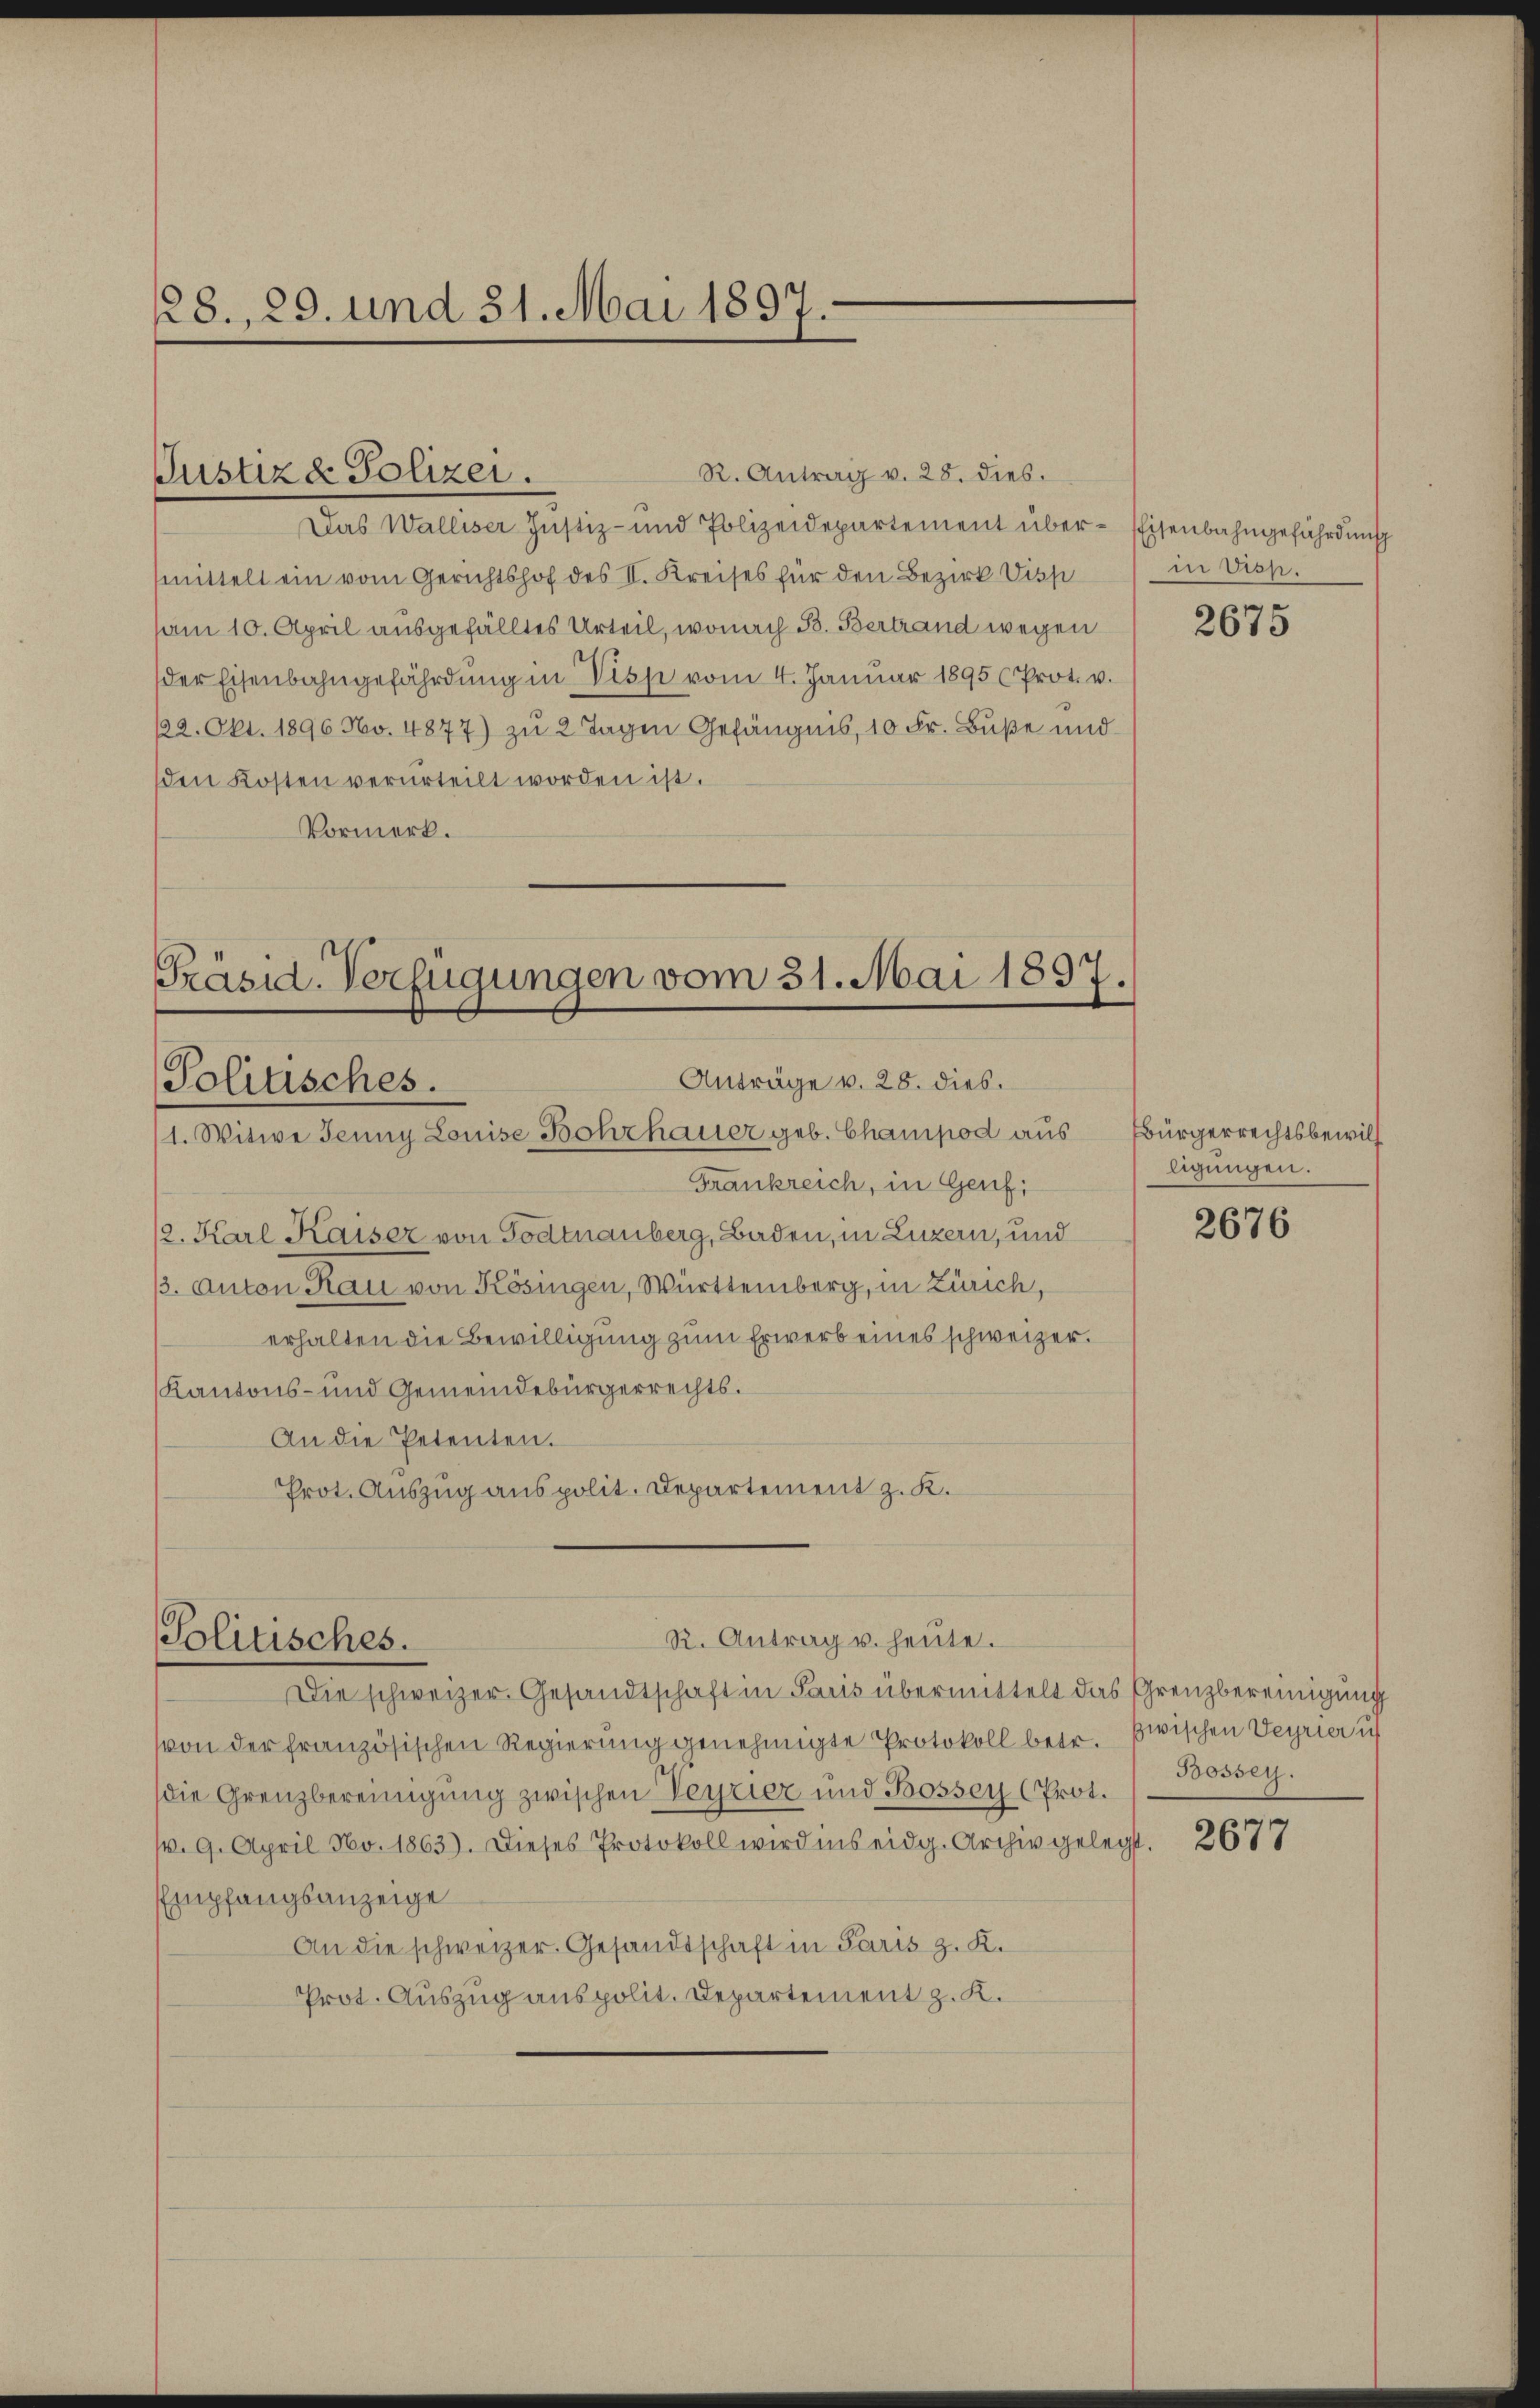
28., 29. und 31. Mai 1897.

R. Antrag v. 28. dies.
Das Walliser Justiz- und Polizeidepartement über-Eisenbahngefährdung
mittelt ein vom Gerichtshof des II. Kreises für den Bezirk Disp
am 10. April ausgefälltes Urteil, wonach B. Bertrand wegen
der Eisenbahngefährdung in Visse vom 4. Januar 1895 (Prot. v.
122. Okt. 1896 No. 4877) zu 2 Tagen Gefängnis, 10 Fr. Bŭβe und
den Kosten verurteilt worden ist.
Vormerk.

Justiz & Polizei.

Präsid-Verfügungen vom 31. Mai 1897.
Anträge v. 28. dies.
Politisches.
1. Witwe Jenny Louise Bohrhauer geb. Champod aus

Politisches.

Frankreich, in Genf;
2. Karl Kaiser von Todtnauberg, Baden, in Luzern, und
3. Anton Rau von Kösingen, Württemberg, in Zürich,
erhalten die Bewilligung zum Erwerb eines schweizer.
Kantons- und Gemeindebürgerrechts¬
An die Petenten.
Prot. Auszug aus polit. Departement z. K.
Die schweizer. Gesandtschaft in Paris übermittelt das Grenzbereinigung
von der französischen Regierung genehmigte Protokoll betr. Zwischen Verrier ih
die Grenzbereinigung zwischen Verriez und Bossen (Prot.
v. 9. April No. 1863). Dieses Protokoll wird ins eidg. Archiv gelegt
Empfangsanzeige
An die schweizer. Gesandtschaft in Paris z. K.
Prot. Auszug aus polit. Departement z. K.

R. Antrag u. heute.

in Visp.

2675

Bürgerrechtsbewill
ligungen.

2676

Bossey.

2677